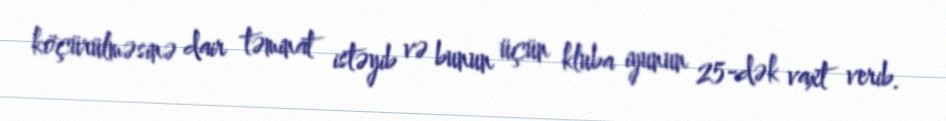
köçürülməsinə dair təminat istəyib və bunun üçün kluba iyunun 25-dək vaxt verib.